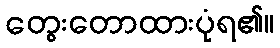
တွေးတောထားပုံရ၏။